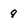
Character: 8